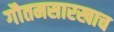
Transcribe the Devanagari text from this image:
गौतमसारखाच